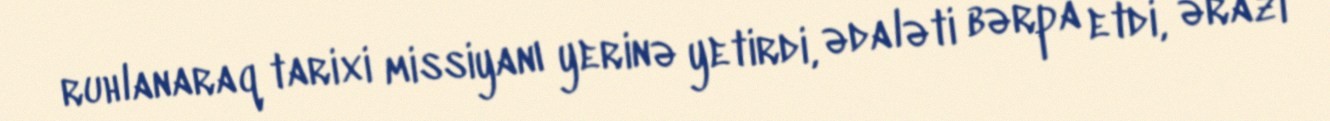
ruhlanaraq tarixi missiyanı yerinə yetirdi, ədaləti bərpa etdi, ərazi